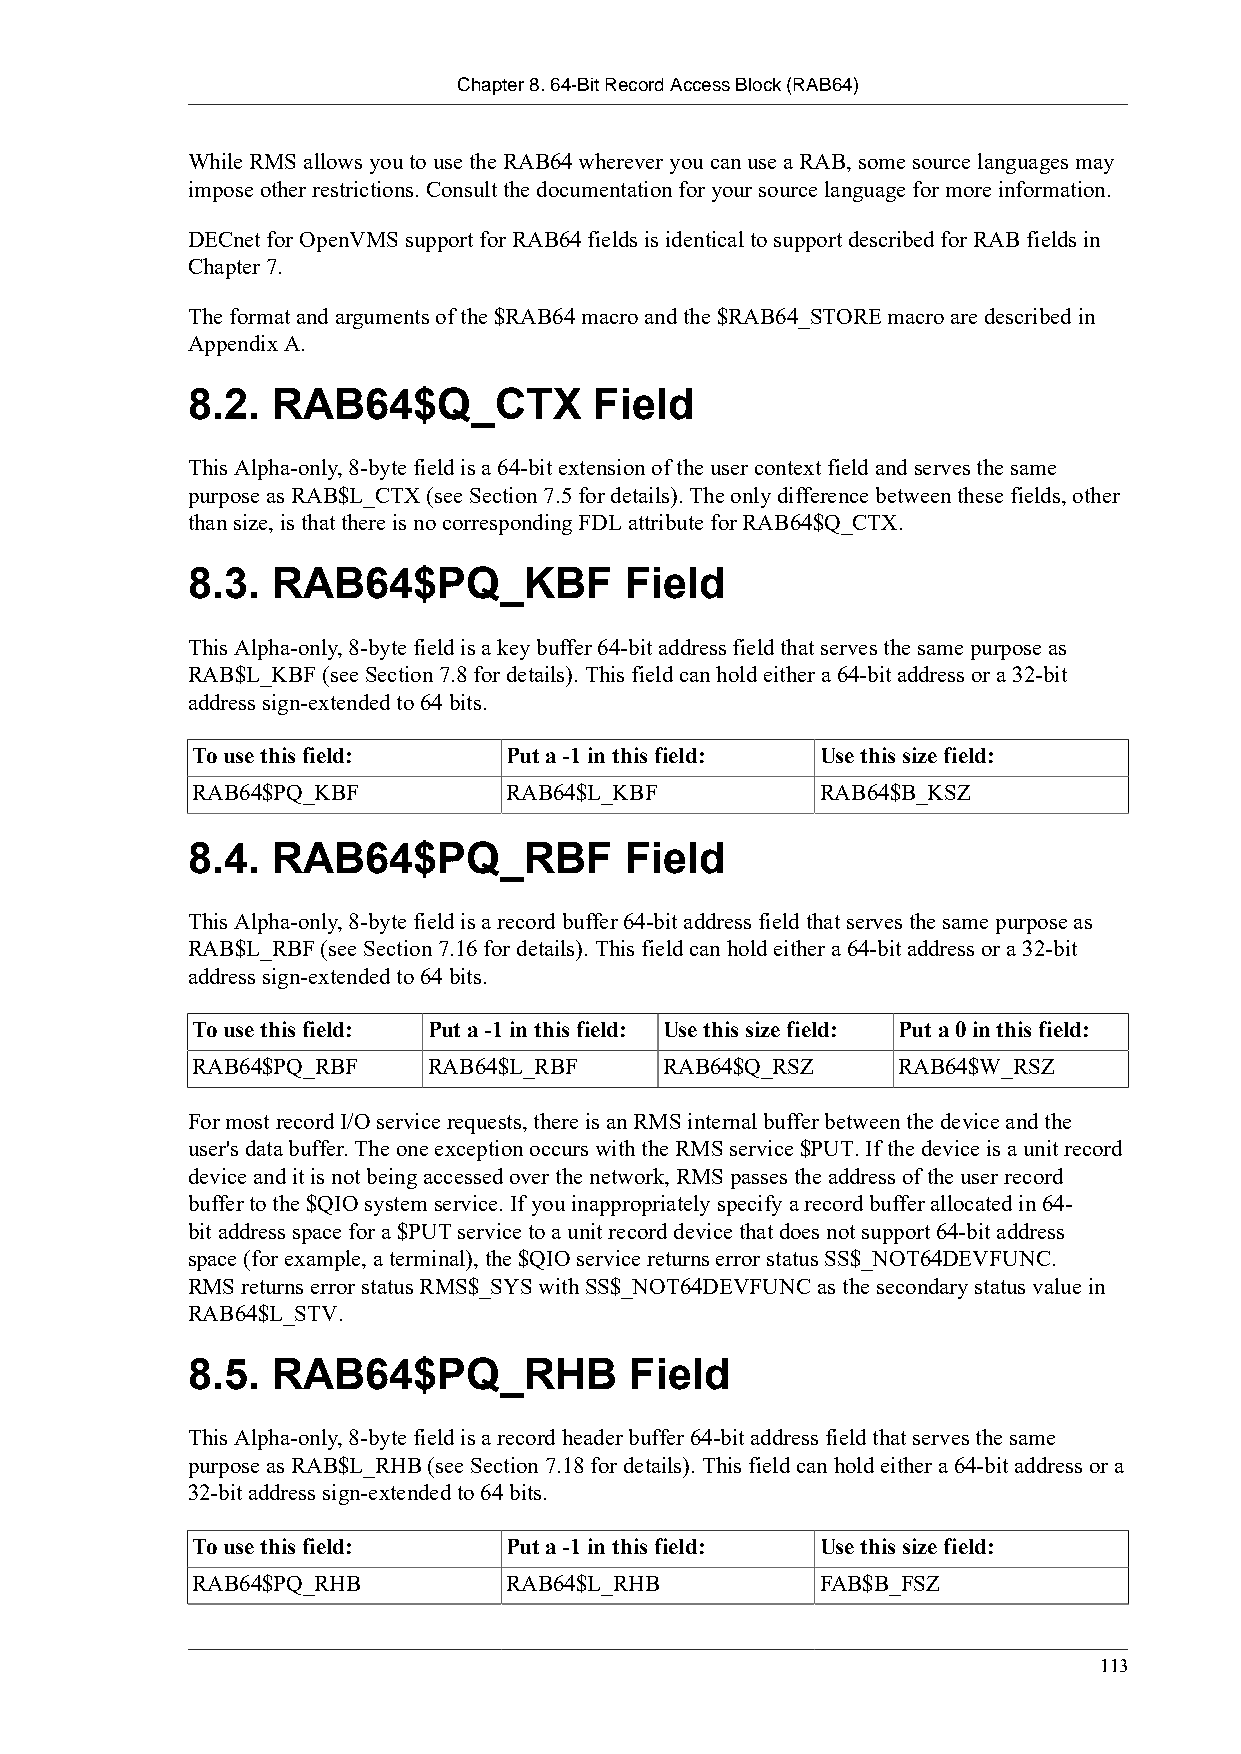
Chapter 8. 64-Bit Record Access Block (RAB64)
 While RMS allows you to use the RAB64 wherever you can use a RAB, some source languages may
 impose other restrictions. Consult the documentation for your source language for more information.
 DECnet for OpenVMS support for RAB64 fields is identical to support described for RAB fields in
 Chapter 7.
 The format and arguments of the $RAB64 macro and the $RAB64_STORE macro are described in
 Appendix A.
 8.2.  RAB64$Q_CTX          Field
 This Alpha-only, 8-byte field is a 64-bit extension of the user context field and serves the same
 purpose as RAB$L_CTX (see Section 7.5 for details). The only difference between these fields, other
 than size, is that there is no corresponding FDL attribute for RAB64$Q_CTX.
 8.3.  RAB64$PQ_KBF           Field
 This Alpha-only, 8-byte field is a key buffer 64-bit address field that serves the same purpose as
 RAB$L_KBF (see Section 7.8 for details). This field can hold either a 64-bit address or a 32-bit
 address sign-extended to 64 bits.
 To use this field:  Put a -1 in this field: Use this size field:
 RAB64$PQ_KBF        RAB64$L_KBF          RAB64$B_KSZ
 8.4.  RAB64$PQ_RBF           Field
 This Alpha-only, 8-byte field is a record buffer 64-bit address field that serves the same purpose as
 RAB$L_RBF (see Section 7.16 for details). This field can hold either a 64-bit address or a 32-bit
 address sign-extended to 64 bits.
 To use this field: Put a -1 in this field: Use this size field: Put a 0 in this field:
 RAB64$PQ_RBF   RAB64$L_RBF     RAB64$Q_RSZ    RAB64$W_RSZ
 For most record I/O service requests, there is an RMS internal buffer between the device and the
 user's data buffer. The one exception occurs with the RMS service $PUT. If the device is a unit record
 device and it is not being accessed over the network, RMS passes the address of the user record
 buffer to the $QIO system service. If you inappropriately specify a record buffer allocated in 64-
 bit address space for a $PUT service to a unit record device that does not support 64-bit address
 space (for example, a terminal), the $QIO service returns error status SS$_NOT64DEVFUNC.
 RMS returns error status RMS$_SYS with SS$_NOT64DEVFUNC as the secondary status value in
 RAB64$L_STV.
 8.5.  RAB64$PQ_RHB            Field
 This Alpha-only, 8-byte field is a record header buffer 64-bit address field that serves the same
 purpose as RAB$L_RHB (see Section 7.18 for details). This field can hold either a 64-bit address or a
 32-bit address sign-extended to 64 bits.
 To use this field:  Put a -1 in this field: Use this size field:
 RAB64$PQ_RHB        RAB64$L_RHB          FAB$B_FSZ
 113